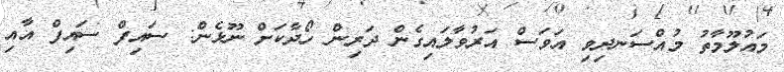
މައުލޫމާތު މުއްސަނދިވި އަވަސް އަރުވާލައިގެން ދަރިން ހޯދާކަށް ނޫޅެން: ސައިފް ސައިފް އާއި